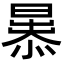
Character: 𭨢